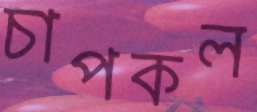
চাপকল